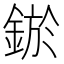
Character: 𨨡